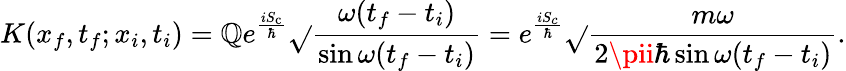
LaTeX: K(x_{f},t_{f};x_{i},t_{i})=\mathbb{Q}e^{\frac{{iS_{\mathrm{{c}}}}}{{\hbar}}}{\sqrt{}{{\frac{{\omega(t_{f}-t_{i})}}{{\sin\omega(t_{f}-t_{i})}}}}}=e^{\frac{{iS_{c}}}{{\hbar}}}{\sqrt{}{{\frac{{m\omega}}{{2\pii\hbar\sin\omega(t_{f}-t_{i})}}}}}.